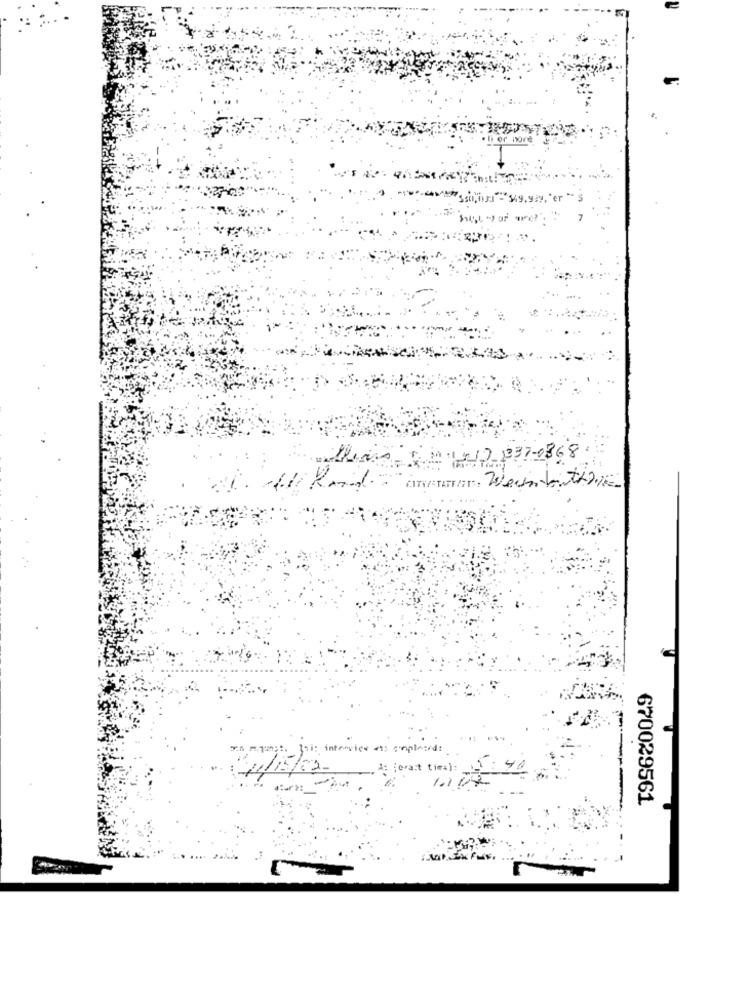
or ix
9.929. "er **
2 1210- 1237-0868
Iii: interview ; empla
/15/02-
erat tir+) :
---
start:
1.1
-
670029561